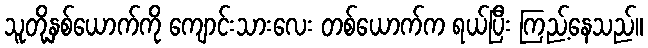
သူတို့နှစ်ယောက်ကို ကျောင်းသားလေး တစ်ယောက်က ရယ်ပြီး ကြည့်နေသည်။